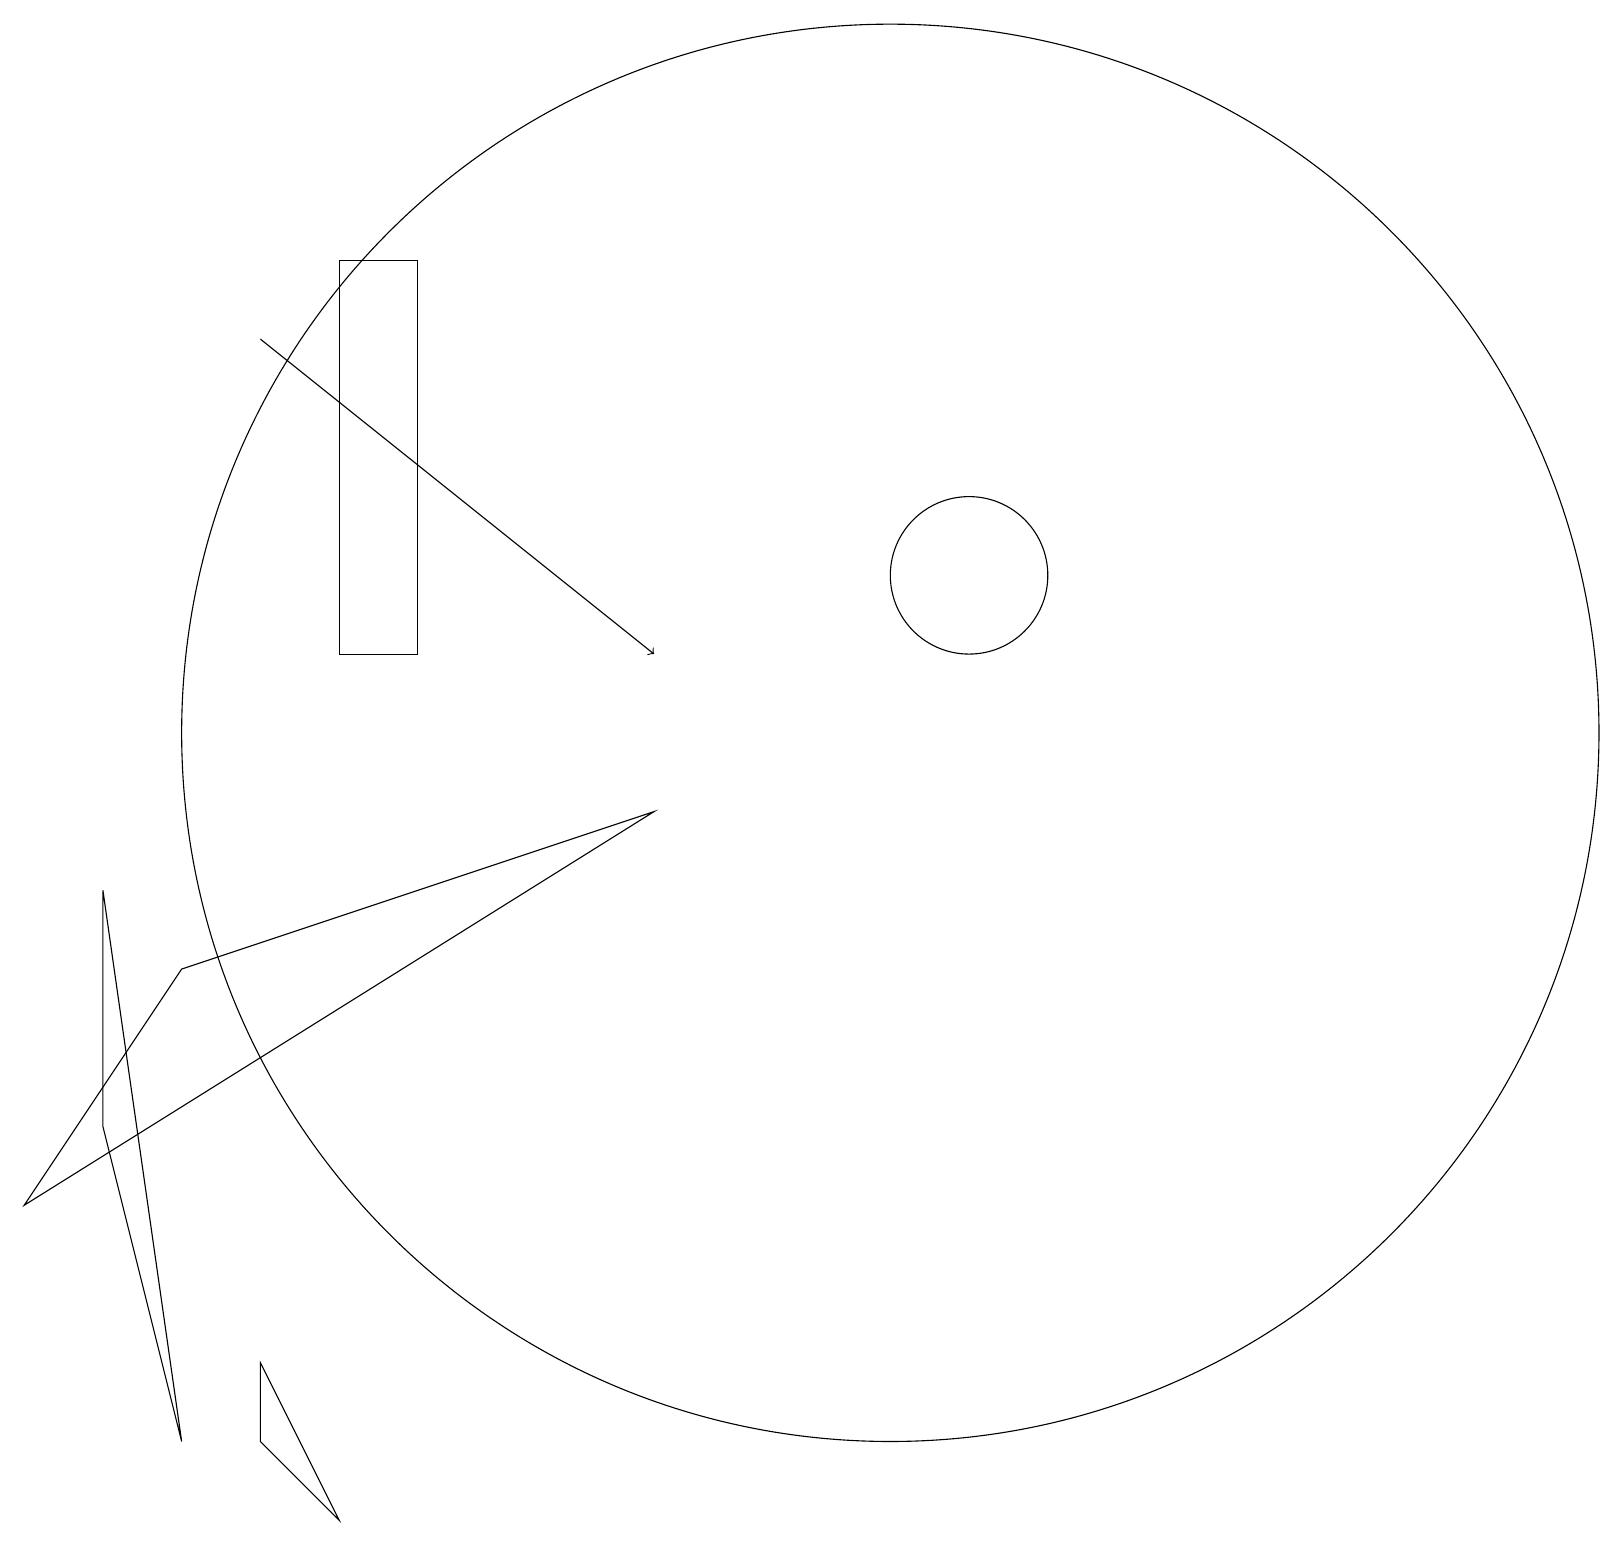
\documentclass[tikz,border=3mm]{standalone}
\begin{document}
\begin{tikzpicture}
\draw (8,9) -- (0,4) -- (2,7) -- cycle;
\draw (3,1) -- (4,0) -- (3,2) -- cycle;
\draw (12,12) circle (1);
\draw[->] (3,15) -- (8,11);
\draw (5,16) rectangle (4,11);
\draw (1,8) -- (2,1) -- (1,5) -- cycle;
\draw (11,10) circle (9);
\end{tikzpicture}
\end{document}